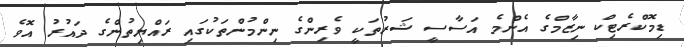
ޑިމޮކްރެޓިކް ނިޒާމްގެ އެންމެ އަސާސީ ޝަރުތަކީ ވެރިންގެ ނިންމުންތަކުގައި ރައްޔިތުންގެ ދައުރު އޮވެ